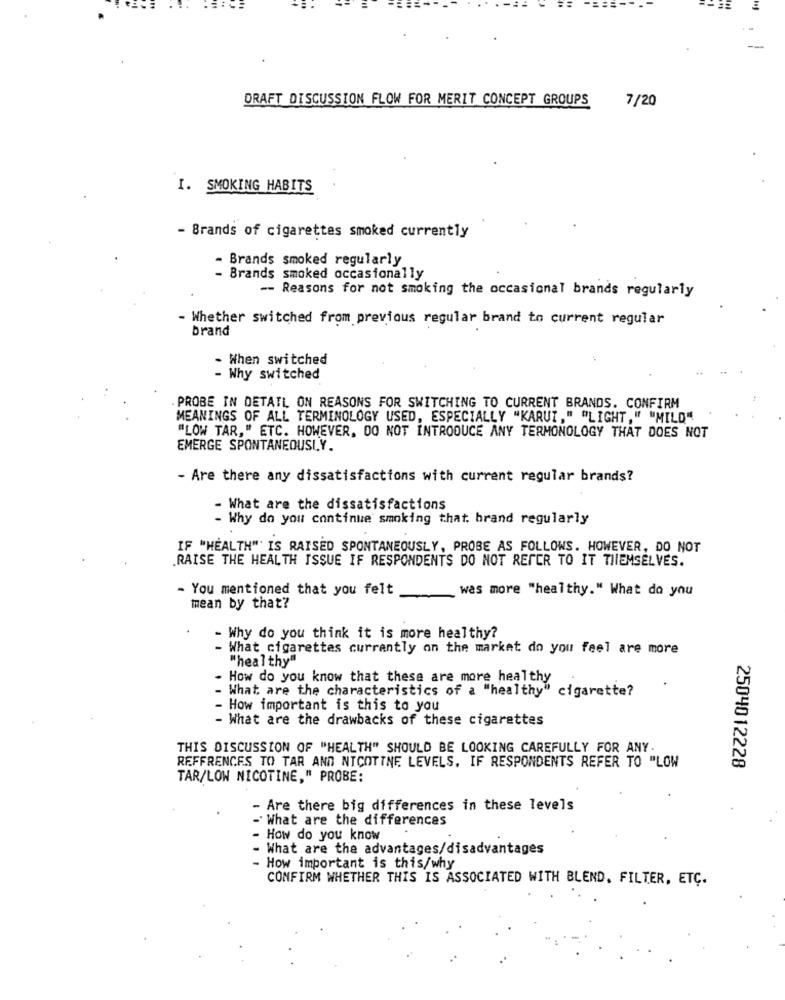
. . .
DRAFT DISCUSSION FLOW FOR MERIT CONCEPT GROUPS
7/20
I. SMOKING HABITS
- Brands of cigarettes smoked currently
- Brands smoked regularly
- Brands smoked occasionally
-- Reasons for not smoking the occasional brands regularly
- Whether switched from previous regular brand to current regular
brand
. When switched
- Why switched
PROBE IN DETAIL ON REASONS FOR SWITCHING TO CURRENT BRANDS. CONFIRM
MEANINGS OF ALL TERMINOLOGY USED, ESPECIALLY "KARUI," "LIGHT, " "MILD"
"LOW TAR," ETC. HOWEVER, DO NOT INTRODUCE ANY TERMONOLOGY THAT DOES NOT
EMERGE SPONTANEOUSLY.
- Are there any dissatisfactions with current regular brands?
- What are the dissatisfactions
- Why do you continue smoking that. brand regularly
IF "HEALTH" IS RAISED SPONTANEOUSLY, PROBE AS FOLLOWS. HOWEVER, DO NOT
.RAISE THE HEALTH ISSUE IF RESPONDENTS DO NOT REFER TO IT THEMSELVES.
- You mentioned that you felt
was more "healthy." What do you
mean by that?
- Why do you think it is more healthy?
What cigarettes currently on the market do you feel are more
"healthy"
How do you know that these are more healthy
What are the characteristics of a "healthy" cigarette?
How important is this to you
What are the drawbacks of these cigarettes
THIS DISCUSSION OF "HEALTH" SHOULD BE LOOKING CAREFULLY FOR ANY.
2504012228
REFERENCES TO TAR AND NICOTINE LEVELS. IF RESPONDENTS REFER TO "LOW
TAR/LOW NICOTINE," PROBE:
- Are there big differences in these levels
- What are the differences
- How do you know
- What are the advantages/disadvantages
- How important is this/why
CONFIRM WHETHER THIS IS ASSOCIATED WITH BLEND. FILTER, ETC.